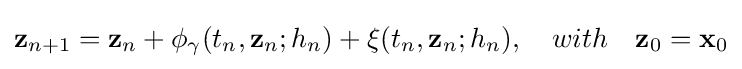
\mathbf {z} _{n+1}=\mathbf {z} _{n}+\mathbf {\phi } _{\mathbb {\gamma } }(t_{n},\mathbf {z} _{n};h_{n})+\mathbf {\xi } (t_{n},\mathbf {z} _{n};h_{n}),\quad with\quad \mathbf {z} _{0}=\mathbf {x} _{0}